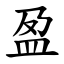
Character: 盈